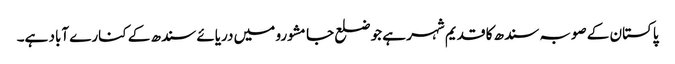
پاکستان کے صوبہ سندھ کا قدیم شہر ہے جو ضلع جامشورو میں دریائے سندھ کے کنارے آباد ہے۔